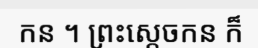
កន ។ ព្រះស្តេចកន ក៏